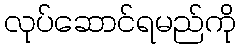
လုပ်ဆောင်ရမည်ကို